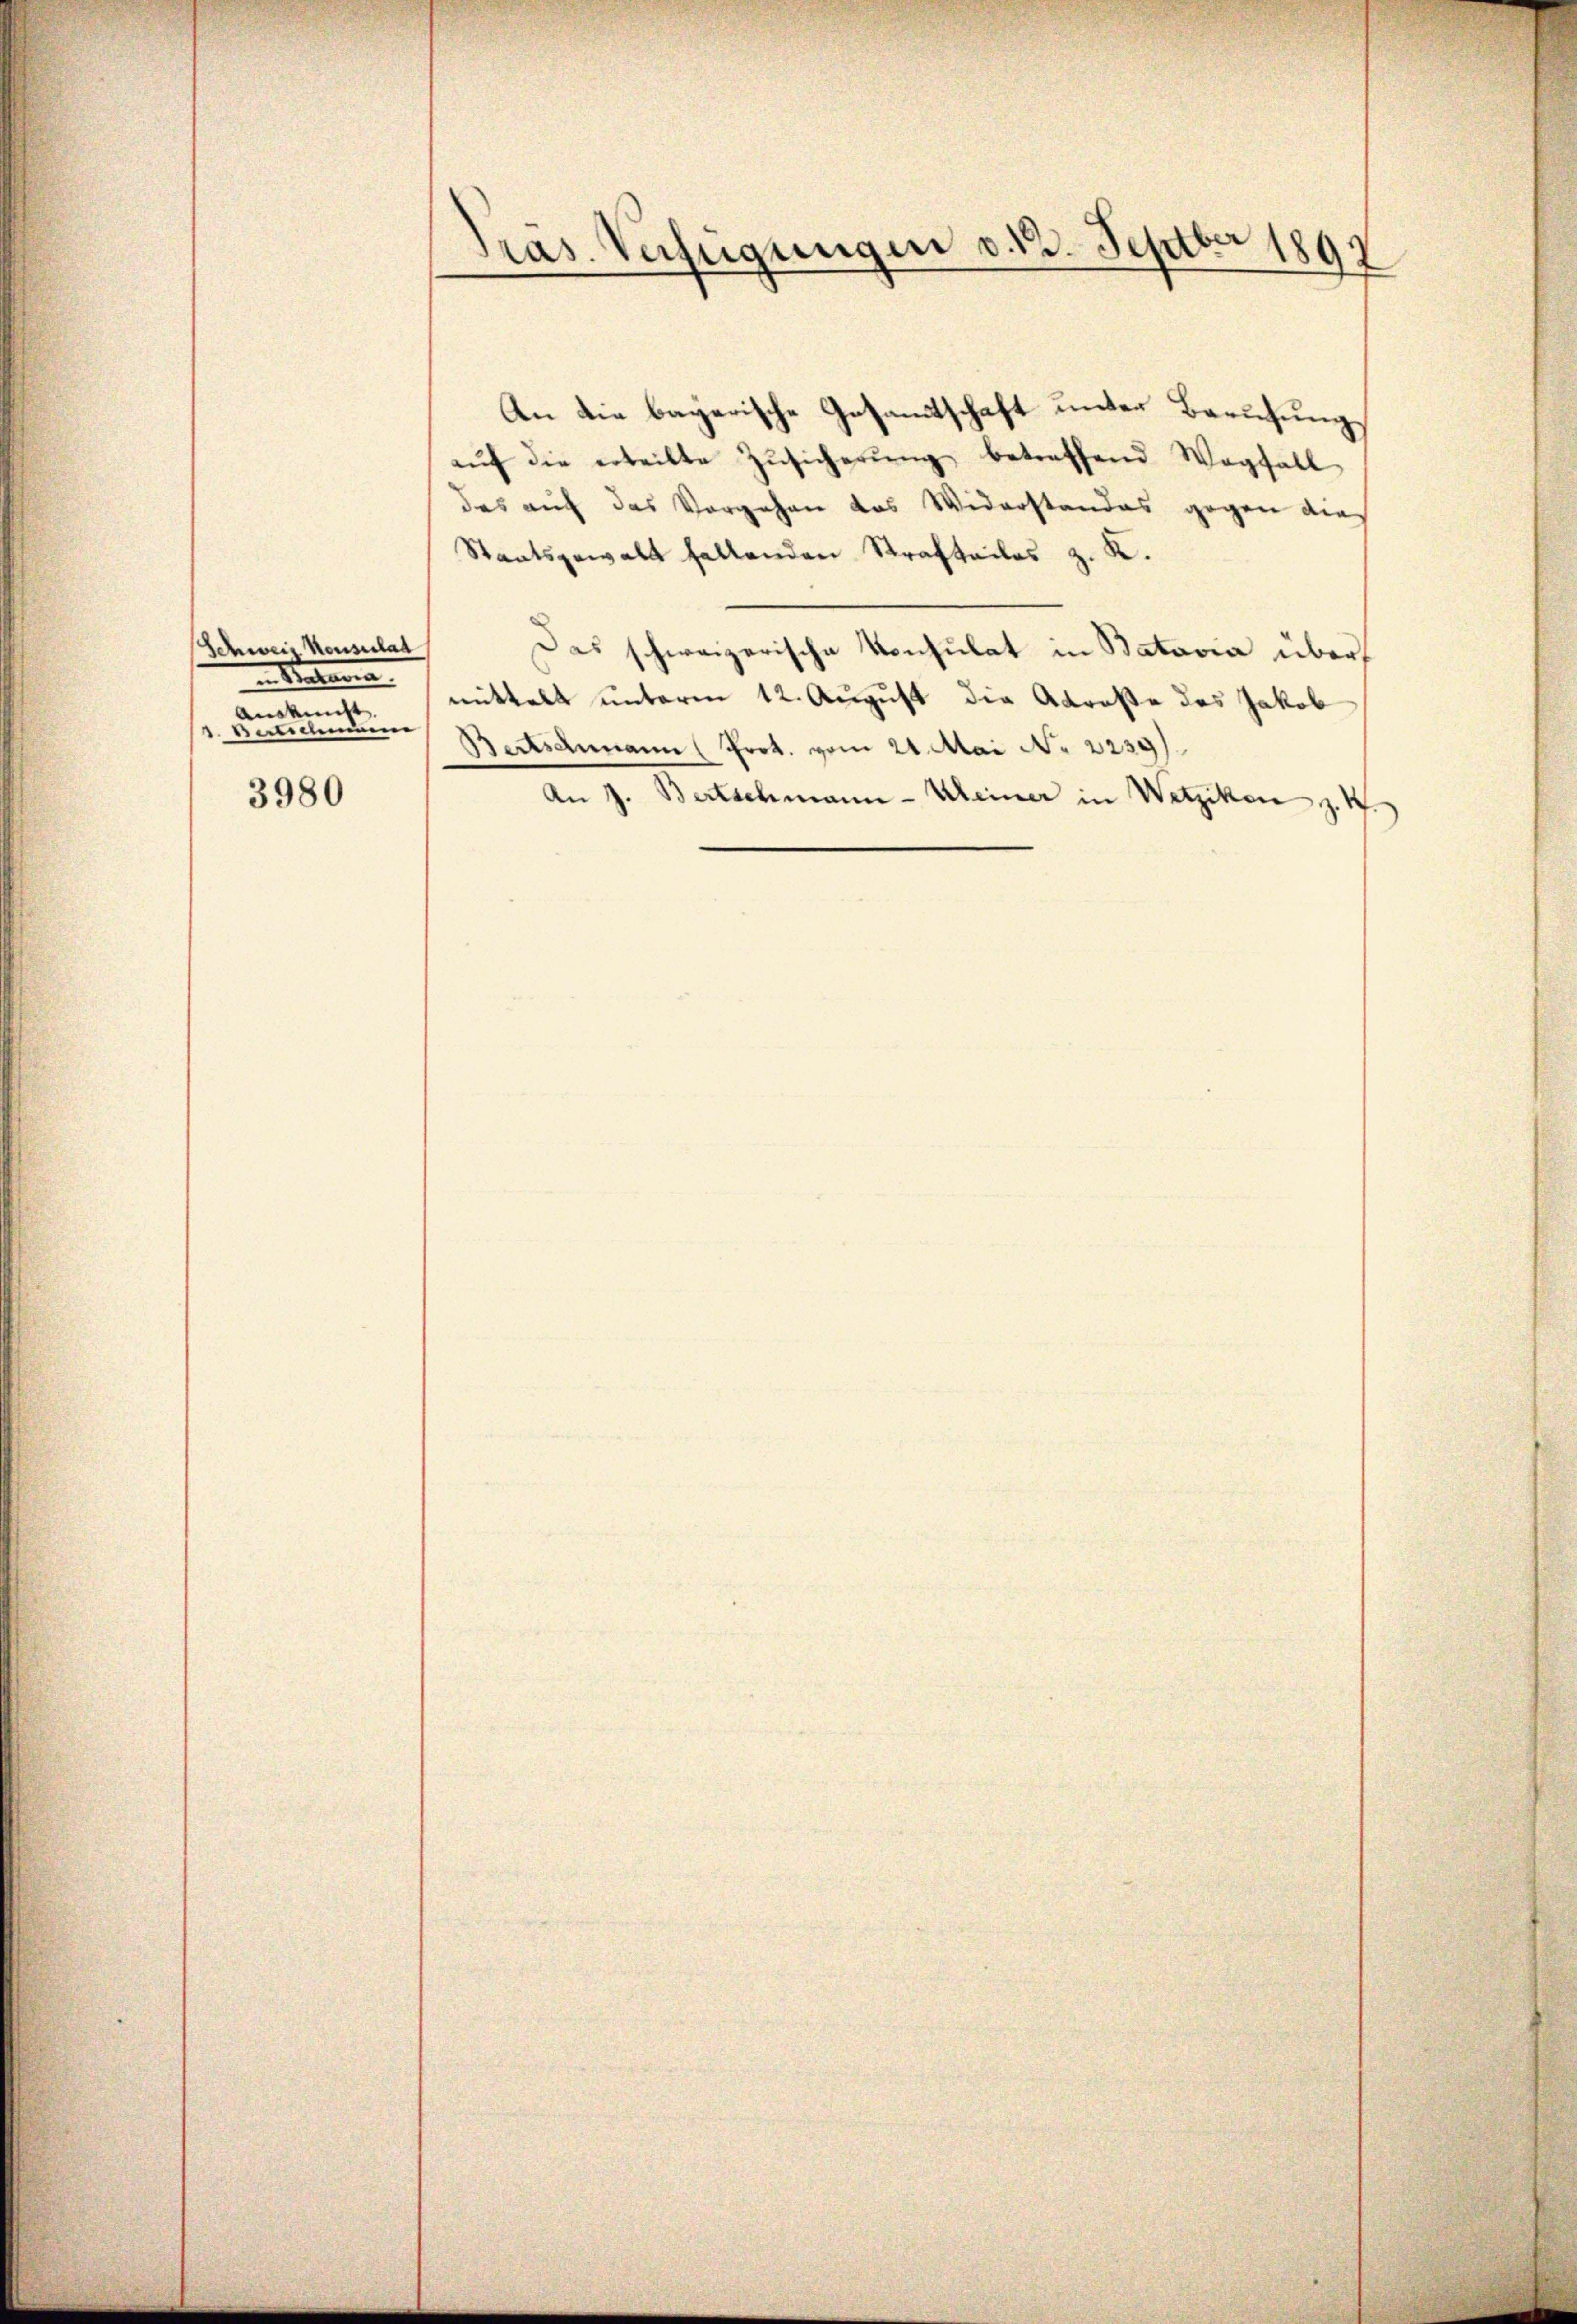
Schweiz. Konsulat
 Staa
Auskunft.
d. Bertschmei

3980

An die bayerische Gesammtschaft unter Berufung
aŭf die erteilte Zŭsicherŭng betreffend Wegfall
das auf das Vorgehen das Widerstandes gegen den
Staatsgewalt haltenden Strafteiles z. K.
Das schweizerische Konsulat in Batavia über
mittelt unterm 12. August die Abraße des Jakob
Bertschmann (Prot. vom 24. Mai No 2239).
An J. Bertschmann-Meiner in Wetzikon z. B.

Pras. Verfügungen d. 13. Septbr 1891